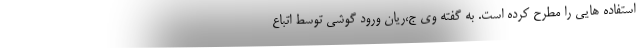
استفاده هایی را مطرح کرده است. به گفته وی ج،ریان ورود گوشی توسط اتباع